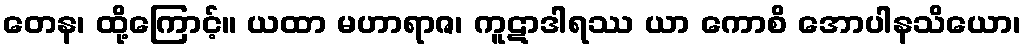
တေန၊ ထို့ကြောင့်။ ယထာ မဟာရာဇ၊ ကူဋာဒါရဿ ယာ ကောစိ အောပါနသိယော၊